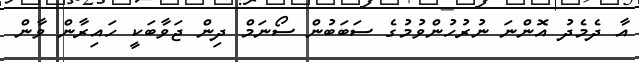
އާ ދެމެެދު އޮންނަ ނުރުހުންވުމުގެ ސަބަބުން ސޯނަމް ދިން ޖަވާބަކީ ހައިރާން ވާން